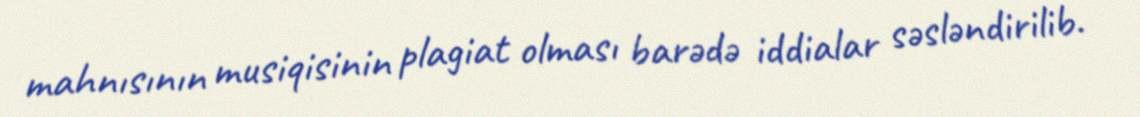
mahnısının musiqisinin plagiat olması barədə iddialar səsləndirilib.